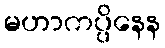
မဟာကပ္ပိနေန